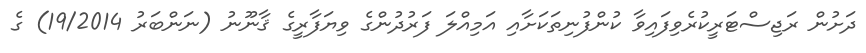
ދަށުން ރަޖިސްޓަރީކުރެވިފައިވާ ކުންފުނިތަކަށާއި އަމިއްލަ ފަރުދުންގެ ވިޔަފާރީގެ ޤާނޫނު (ނަންބަރު 19/2014) ގެ